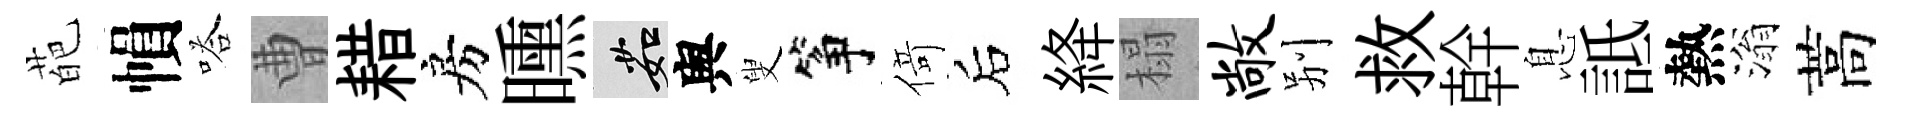
葩𢄙嗒曹耤房曛茹舆叟筝𠋣后絳榻敞别救幹息詆熱滃蒿